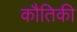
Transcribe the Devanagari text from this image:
कौतिकी